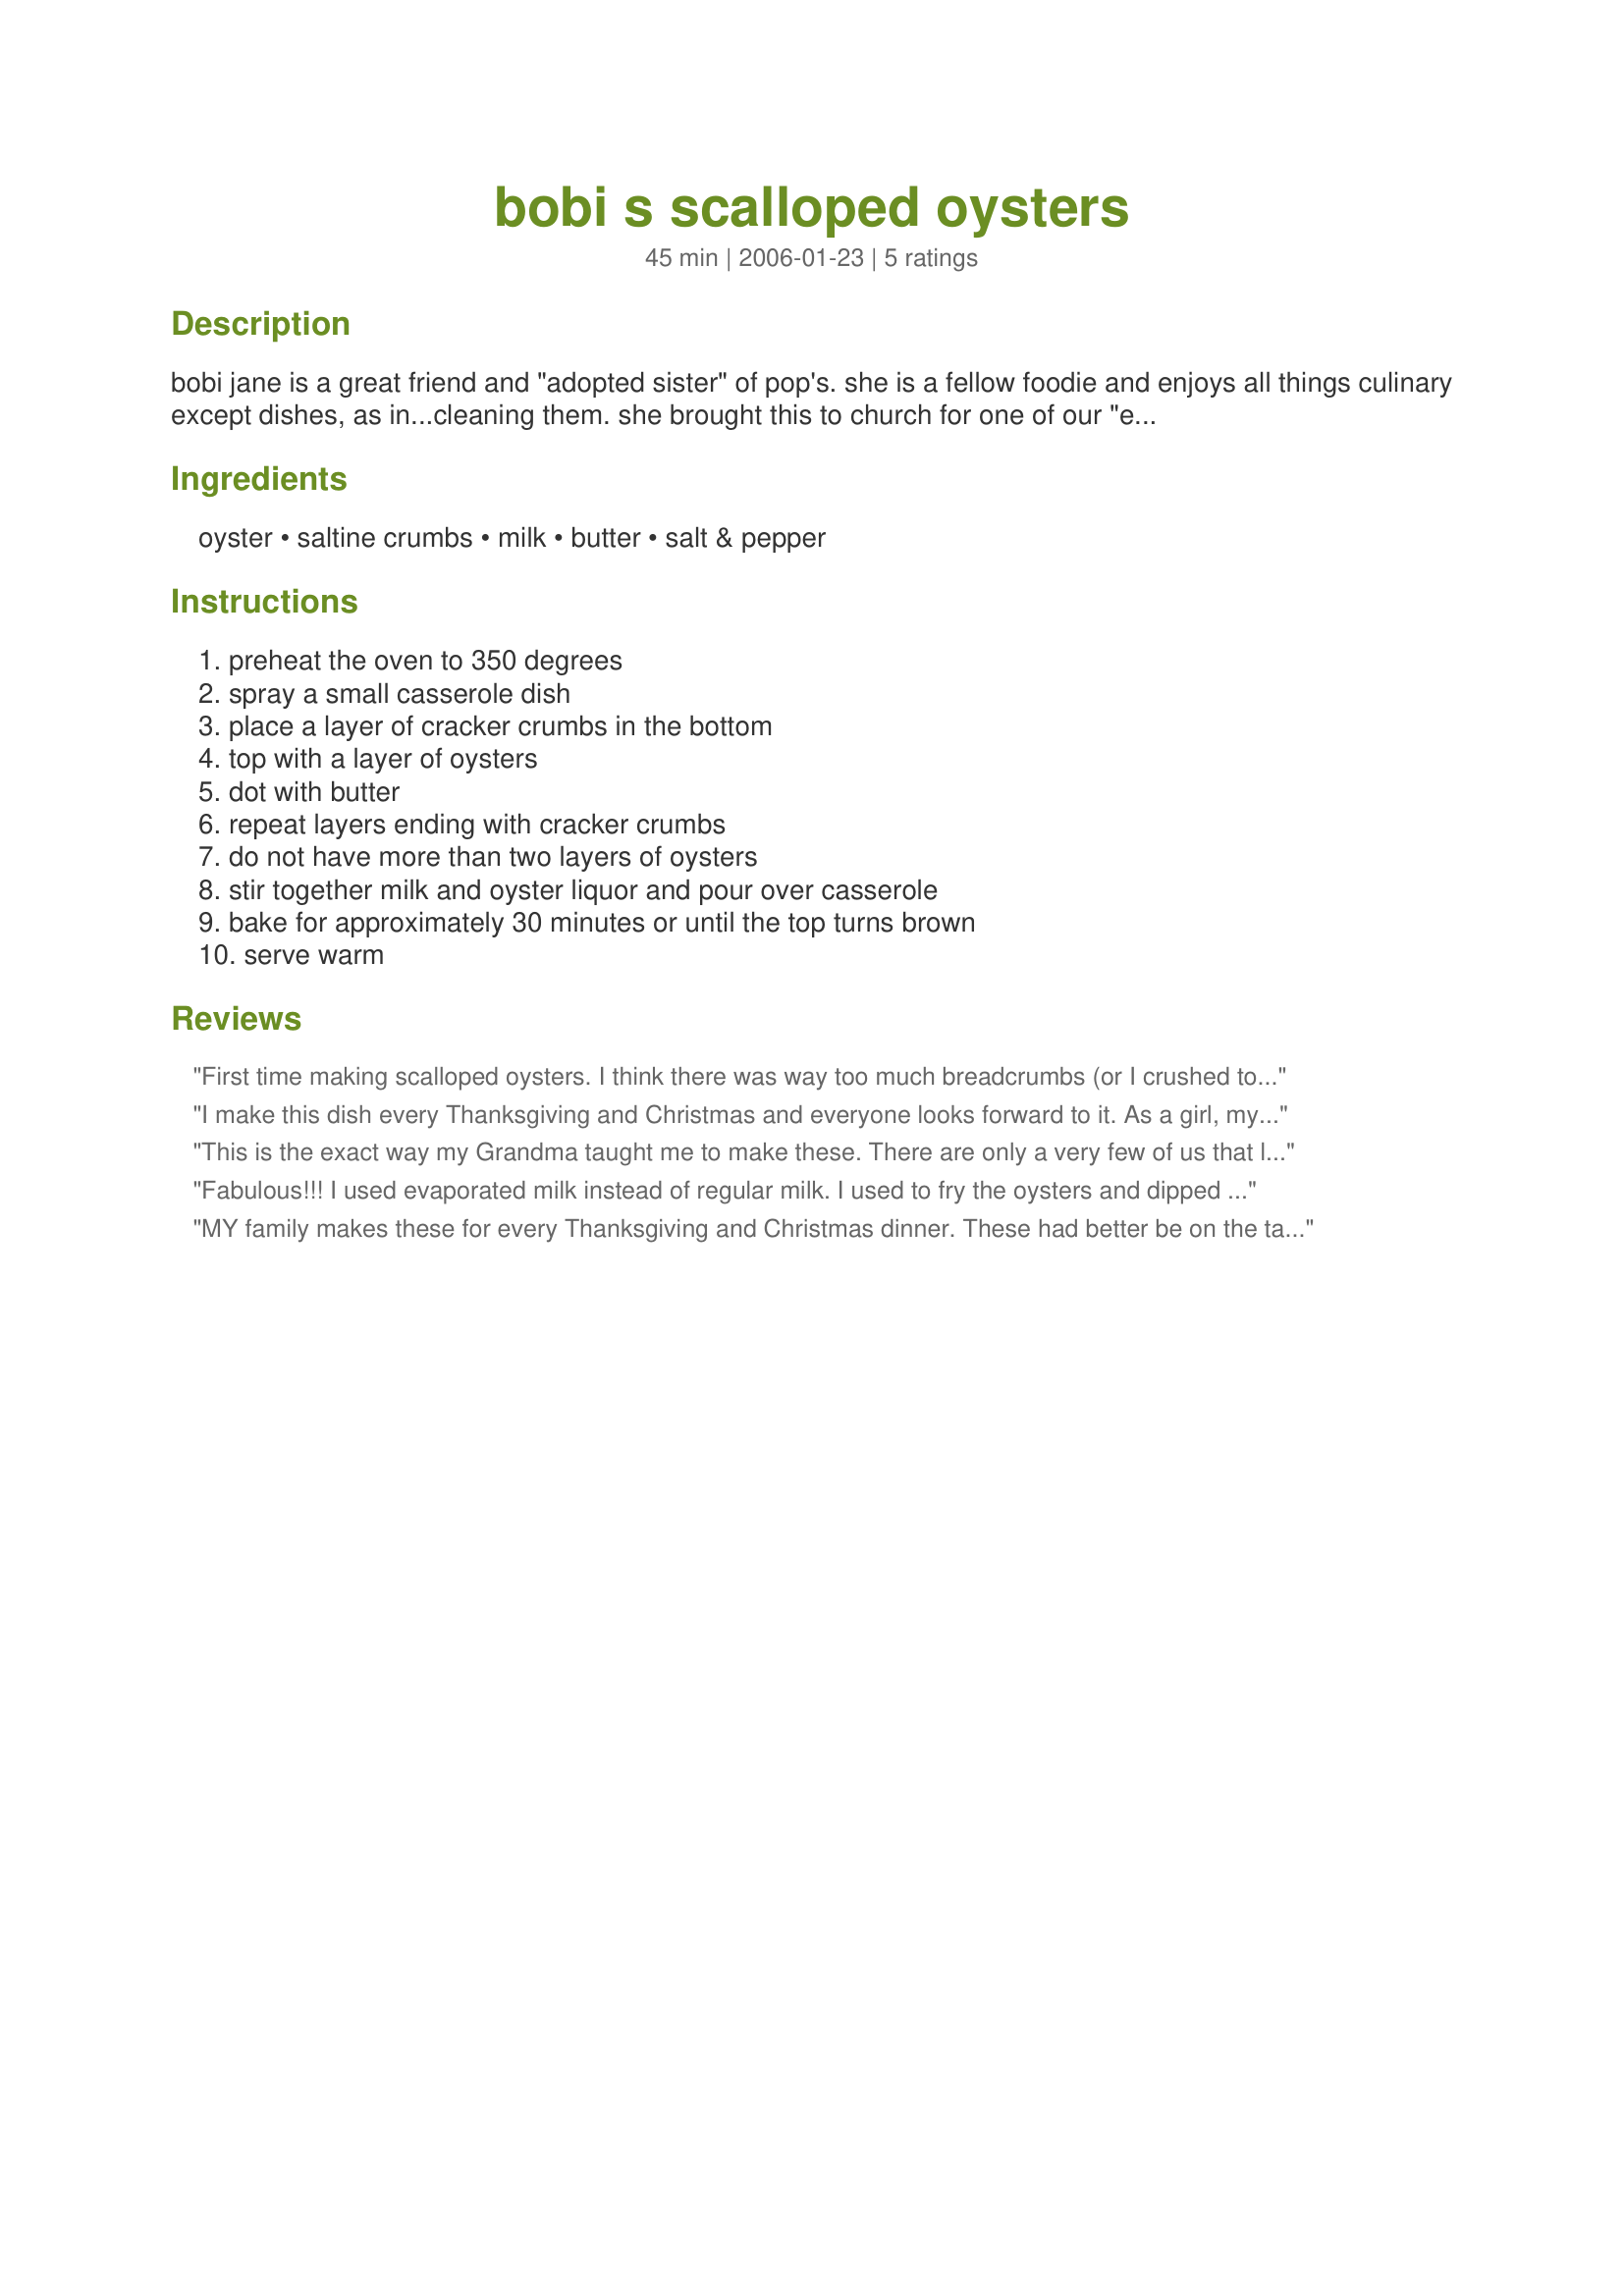
bobi s scalloped oysters
Preparation time: 45 minutes

bobi jane is a great friend and "adopted sister" of pop's. she is a fellow foodie and enjoys all things culinary except dishes, as in...cleaning them. she brought this to church for one of our "eatin' meetin's". i held her hostage until she gave me the recipe. she laughed and told me it was just a oysters, crackers, milk, and butter. i 'bout fell over.

Ingredients:
oyster, saltine crumbs, milk, butter, salt & pepper

Steps:
preheat the oven to 350 degrees, spray a small casserole dish, place a layer of cracker crumbs in the bottom, top with a layer of oysters, dot with butter, repeat layers ending with cracker crumbs, do not have more than two layers of oysters, stir together milk and oyster liquor and pour over casserole, bake for approximately 30 minutes or until the top turns brown, serve warm

Reviews:
First time making scalloped oysters. I think there was way too much breadcrumbs (or I crushed too finely). Still I loved the dish and WILL make again. I added Tabasco on each layer of oysters & then proceeded. Also used fat-free 1/2&1/2. Will cut down on crackers next time and increase the cream to 1/2 Cup. Thanks for the intro to scalloped oysters--YUMMY!
I make this dish every Thanksgiving and Christmas and everyone looks forward to it. As a girl, my Grandmother would make oyster stew/soup, but as a Mom, I could never get my own kids to try it to carry on the tradition. This oyster recipe they will eat - so tradition, modified, I guess. Thank-you for putting this on Zaar.
This is the exact way my Grandma taught me to make these. There are only a very few of us that like oysters but we had better have these every Thanksgiving or else it's just not the same.
Fabulous!!! I used evaporated milk instead of regular milk. I used to fry the oysters and dipped in milk and cracker crumbs and fried in butter. I loved this recipe! This quick, easy and you are not watch the oysters cook but enjoying the day! I can't say enough about this recipe. This will be on the top of my list!!!
MY family makes these for every Thanksgiving and Christmas dinner. These had better be on the table or all would be dissapointed. As my family has grown we no have to make 2 dishes of this to accomodate everyone. the ONLY thing we do different is add a couple of dashes of hot sauce. A true Southern sidedish! Thanks for sharing!
